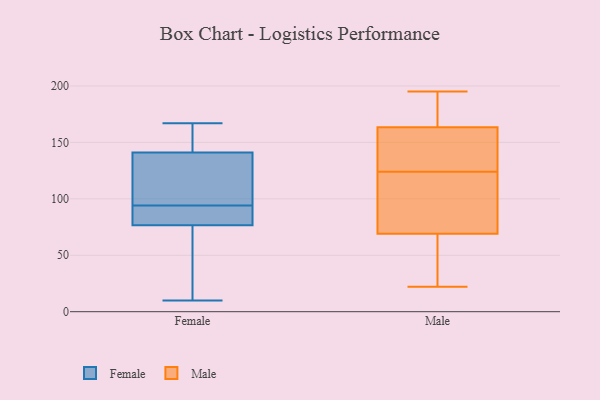
{"axis": {"x": "Customer Acquisition Cost (USD)", "y": "Value"}, "legend": ["Female", "Male"], "data": [{"x": "", "y": 81, "type": "Female"}, {"x": "", "y": 31, "type": "Female"}, {"x": "", "y": 77, "type": "Female"}, {"x": "", "y": 150, "type": "Female"}, {"x": "", "y": 129, "type": "Female"}, {"x": "", "y": 76, "type": "Female"}, {"x": "", "y": 151, "type": "Female"}, {"x": "", "y": 10, "type": "Female"}, {"x": "", "y": 83, "type": "Female"}, {"x": "", "y": 105, "type": "Female"}, {"x": "", "y": 167, "type": "Female"}, {"x": "", "y": 132, "type": "Female"}, {"x": "", "y": 134, "type": "Male"}, {"x": "", "y": 181, "type": "Male"}, {"x": "", "y": 59, "type": "Male"}, {"x": "", "y": 83, "type": "Male"}, {"x": "", "y": 137, "type": "Male"}, {"x": "", "y": 22, "type": "Male"}, {"x": "", "y": 107, "type": "Male"}, {"x": "", "y": 157, "type": "Male"}, {"x": "", "y": 65, "type": "Male"}, {"x": "", "y": 159, "type": "Male"}, {"x": "", "y": 178, "type": "Male"}, {"x": "", "y": 135, "type": "Male"}, {"x": "", "y": 195, "type": "Male"}, {"x": "", "y": 52, "type": "Male"}, {"x": "", "y": 23, "type": "Male"}, {"x": "", "y": 168, "type": "Male"}, {"x": "", "y": 73, "type": "Male"}, {"x": "", "y": 173, "type": "Male"}, {"x": "", "y": 95, "type": "Male"}, {"x": "", "y": 114, "type": "Male"}]}